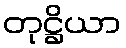
တုဋ္ဌိယာ